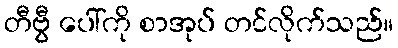
တီဗွီ ပေါ်ကို စာအုပ် တင်လိုက်သည်။